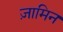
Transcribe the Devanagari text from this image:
ज़ामिन